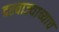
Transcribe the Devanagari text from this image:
दरवाज्याच्याच